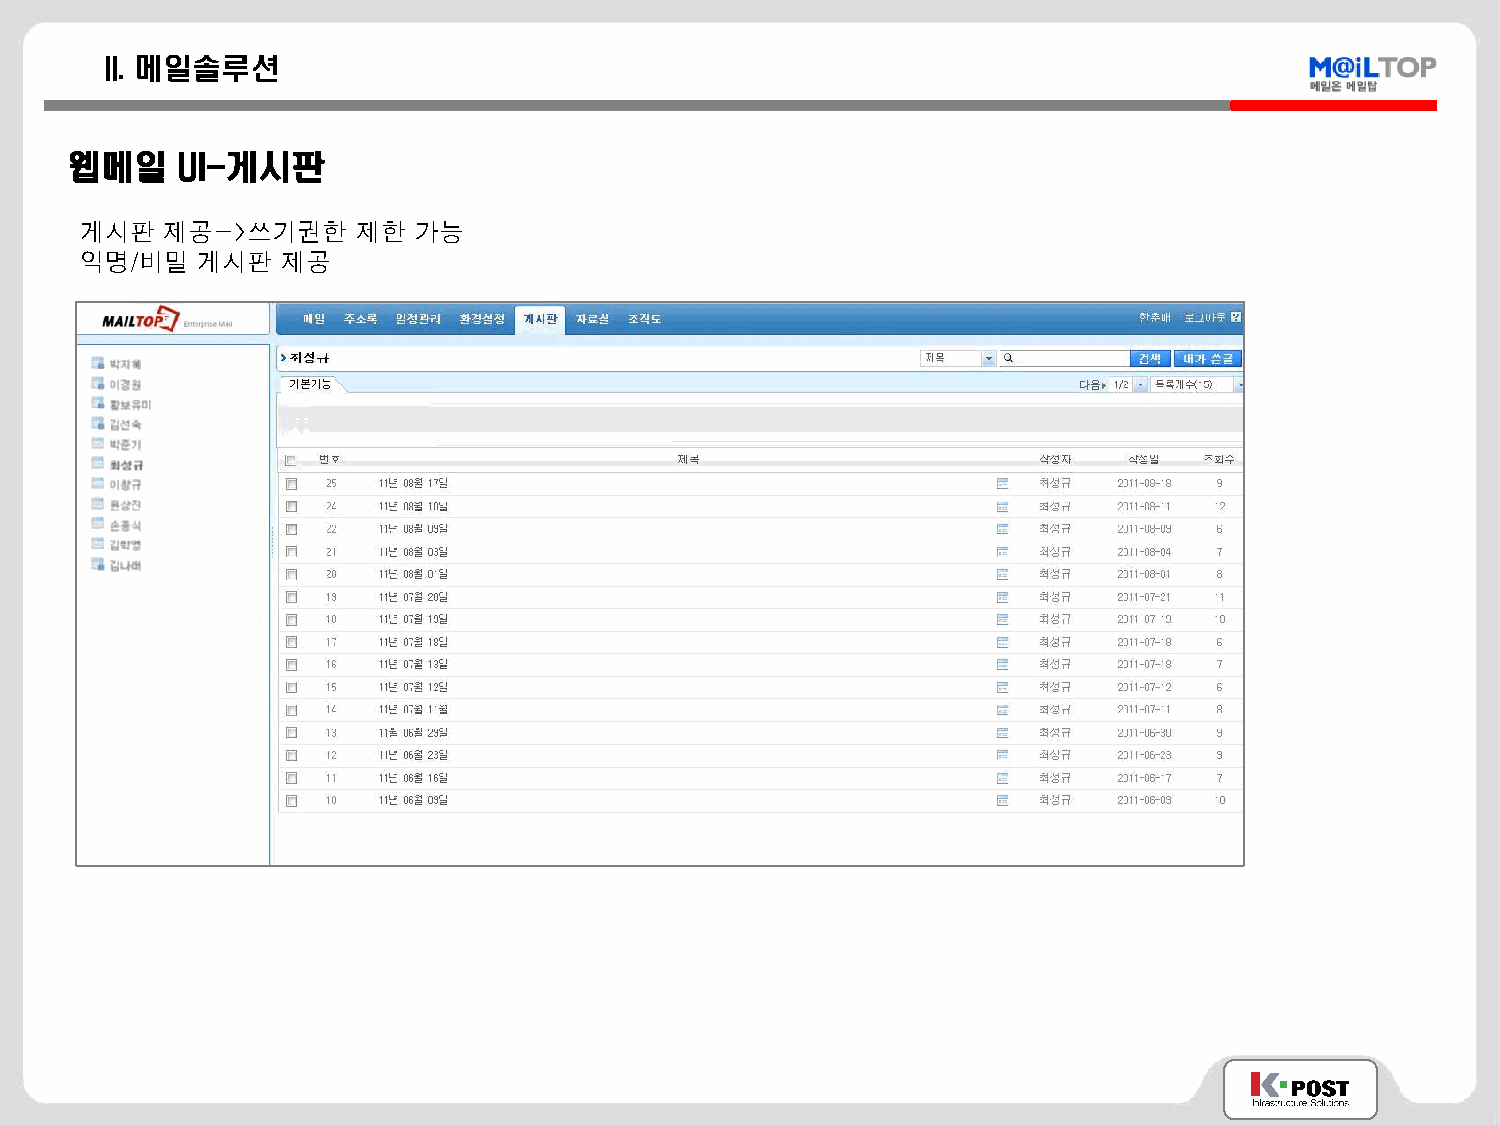
II. 메일솔루션
 웹메일    UI-게시판
 게시판   제공->쓰기권한     제한 가능
 익명/비밀   게시판   제공
 <로그인   화면>